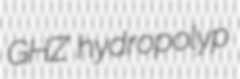
GHZ hydropolyp